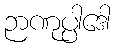
ဉာဏုပ္ပါဒေါ